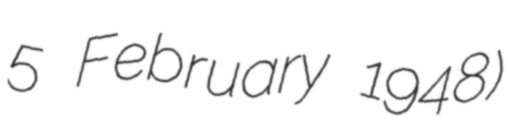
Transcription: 5 February 1948)